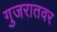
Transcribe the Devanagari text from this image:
गुजरातवर